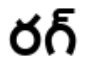
రగ్